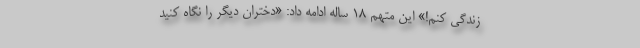
زندگی کنم!» این متهم ۱۸ ساله ادامه داد: «دختران دیگر را نگاه کنید